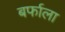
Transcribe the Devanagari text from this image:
बर्फाला